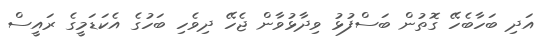
އަދި ބަހާބެހޭ ގޮތުން ބަސްފުޅު ވިދާޅުވާން ޖެހޭ ދިވެހި ބަހުގެ އެކަޑަމީގެ ރައީސް